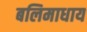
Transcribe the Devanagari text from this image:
बलिमाधाय